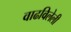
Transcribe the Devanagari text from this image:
वाढविलेली